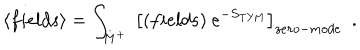
\left< f i e l d s \right> = \int _ { M ^ { + } } \ \left[ ( f i e l d s ) \ e ^ { - S _ { \mathrm { T Y M } } } \right] _ { z e r o - m o d e } \ \ .